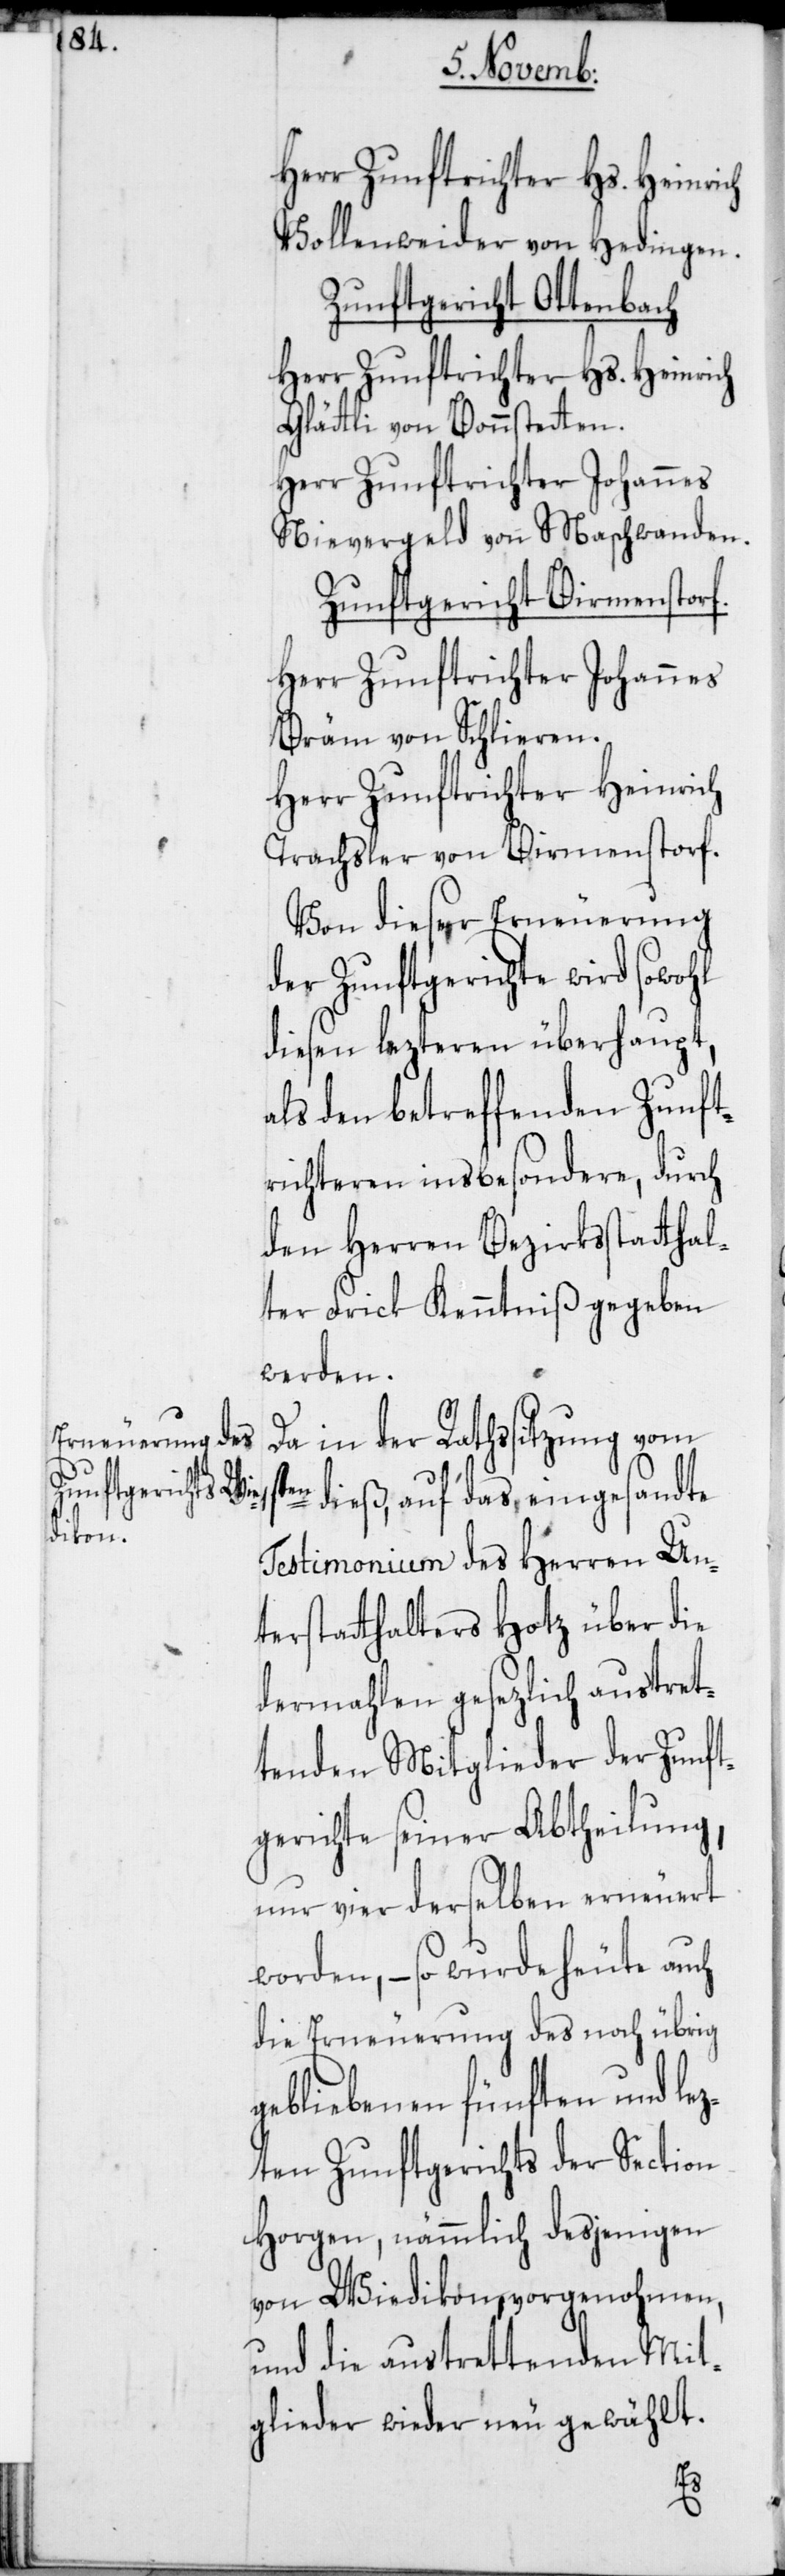
Herr Zunftrichter Hs. Heinrich
Vollenweider von Hedingen.
Zunftgericht Ottenbach.
Glättli von Bonnstetten.
Herr Zunftrichter Johannes
Nievergeld von Maschwanden.
Zunftgericht Birmenstorf.
Herr Zunftrichter Johannes
Bräm von Schlieren.
Herr Zunftrichter Heinrich
Trachsler von Birmenstorf.
Von dieser Erneuerung
der Zunftgerichte wird sowohl
diesen lezteren überhaupt,
als den betreffenden Zunft¬
richteren insbesondere, durch
den Herren Beszirksstatthal¬
ter Frick Kenntniß gegeben
werden.
Da in der Rathssitzung vom
en dieß auf das eingesandte
Testimonium des Herren Un¬
terstatthalters Hotz über die
dermahlen gesezlich austret¬
tenden Mitglieder der Zunft¬
gerichte seiner Abtheilung,
nur vier derselben erneuert
worden, – so wurde heute auch
die Erneuerung des noch übrig
gebliebenen fünften und lez¬
ten Zunftgerichts der Section
Horgen, nämmlich desjenigen
von Wiedikon, vorgenohmen,
und die austrettenden Mit¬
glieder wieder neu gewählt.
1st¬